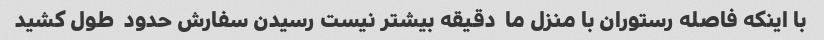
با اینکه فاصله رستوران با منزل ما  دقیقه بیشتر نیست رسیدن سفارش حدود  طول کشید